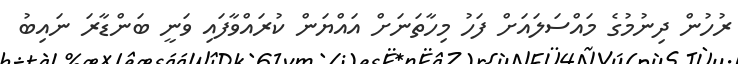
ރުހުން ދިނުމުގެ މައްސަލައަށް ފަހު މިހާތަނަށް އައްޔަން ކުރައްވާފައި ވަނީ ބަންޑާރަ ނައިބު